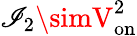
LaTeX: \mathscr{I}_{2}\simV_{\mathrm{{on}}}^{2}